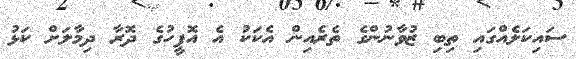
ސައިކަލެއްގައި ތިބި ޒުވާނުންގެ ތެރެއިން އެކަކު އެ އޮފީހުގެ ދޮރާ ދިމާލަށް ކަޅު